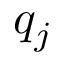
q _ { j }